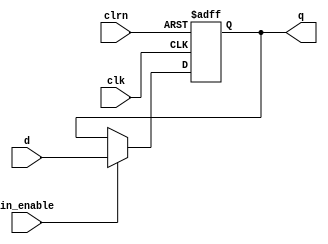
module DFFE_real(d, clk, clrn, in_enable, q);
	
	 //Inputs
   input d, clk, in_enable, clrn;
   
   //Internal wire
   assign clr = ~clrn;

   //Output
   output q;
   
   //Register
   reg q;

   //Intialize q to 0
   initial
   begin
       q = 1'b0;
   end

   //Set value of q on positive edge of the clock or clear
   always @(posedge clk or posedge clr) begin
       //If clear is high, set q to 0
       if (clr) begin
           q <= 1'b0;
       //If enable is high, set q to the value of d
       end else if (in_enable) begin
           q <= d;
       end
   end


	/*
   input d, clk, in_enable, prn, clrn;
   assign clr = ~clrn;
   //Internal wire
   //wire clr;

   //Output
   output q;
   
   //Register
   reg q;

   //Intialize q to 0
   initial
   begin
       q = 1'b0;
   end

   //Set value of q on positive edge of the clock or clear
   always @(posedge clk or posedge clr) begin
       //If clear is high, set q to 0
       if (clr) begin
           q <= 1'b0;
       //If enable is high, set q to the value of d
       end else if (in_enable) begin
           q <= d;
       end
   end
   */

   /*
	
	input d, clrn, clk, prn, in_enable;
	output q;
	reg q;
	
	always @(posedge clk or negedge clrn or negedge prn) 
	begin

	
	//begin
	//	casex({clk, clrn, prn, in_enable})
	//		4'b100x: q=1'bx;
	//		4'b101x: q=1'b0;
	//		4'b110x: q=1'b1;
	//		4'b1111: q=d;
	//		//default: q=1'b0;
	//	endcase
	
	//end
	

  	  if(~prn) 
	  	  begin
	  	  	if(~clrn) // if preset + clear at the same time, null
		  		q = 1'bx;
		  	else // only preset = good - set that value to 1!
		  		q = 1'b1;
		  end
  	  else if(~clrn) // ok, now it's clear, no preset.
	    q = 1'b0;
	  else if(in_enable)
	    q = d;

	end
	*/
	

endmodule